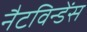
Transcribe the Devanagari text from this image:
नैटविन्डेंस